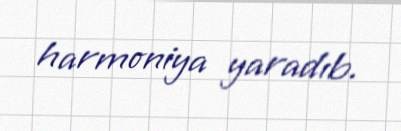
harmoniya yaradıb.